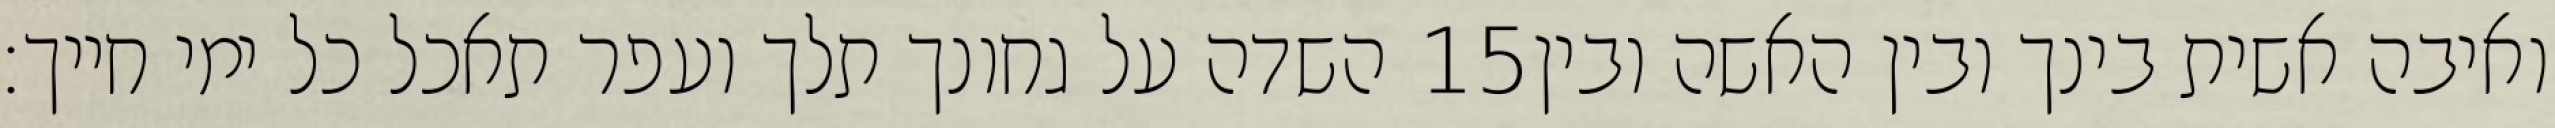
השדה על גחונך תלך ועפר תאכל כל ימי חייך׃ ‎15‏ ואיבה אשית בינך ובין האשה ובין